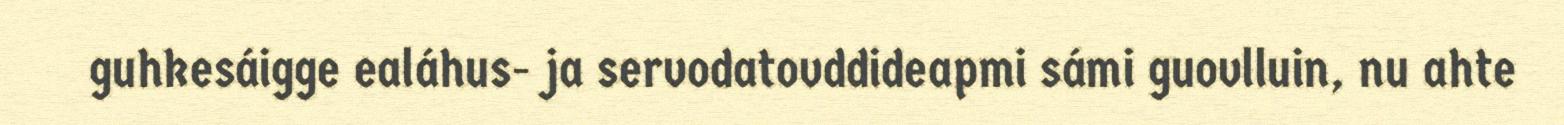
guhkesáigge ealáhus- ja servodatovddideapmi sámi guovlluin, nu ahte